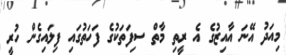
މިއަދު އޭނަ އާއިޒުގެ އެ ރީތި މާތް ސިފަތަކުގެ ފަހަތުގައި ފިލައިގެން ހުރީ